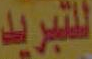
للتبريد